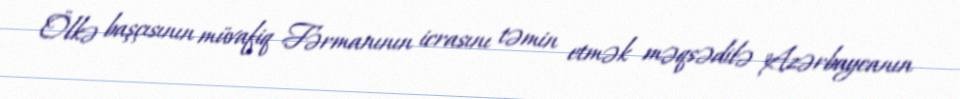
Ölkə başçısının müvafiq Fərmanının icrasını təmin etmək məqsədilə "Azərbaycanın